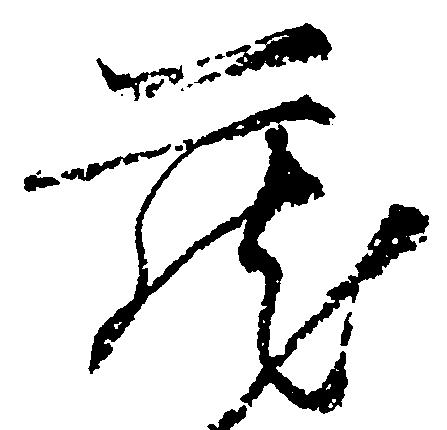
蔵